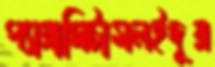
প্যারাসিটামলইদূর